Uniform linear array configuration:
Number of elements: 8
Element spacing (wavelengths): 0.75
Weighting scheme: exponential
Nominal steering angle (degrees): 15
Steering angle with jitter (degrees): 13.008
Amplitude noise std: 0.05
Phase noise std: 0.05

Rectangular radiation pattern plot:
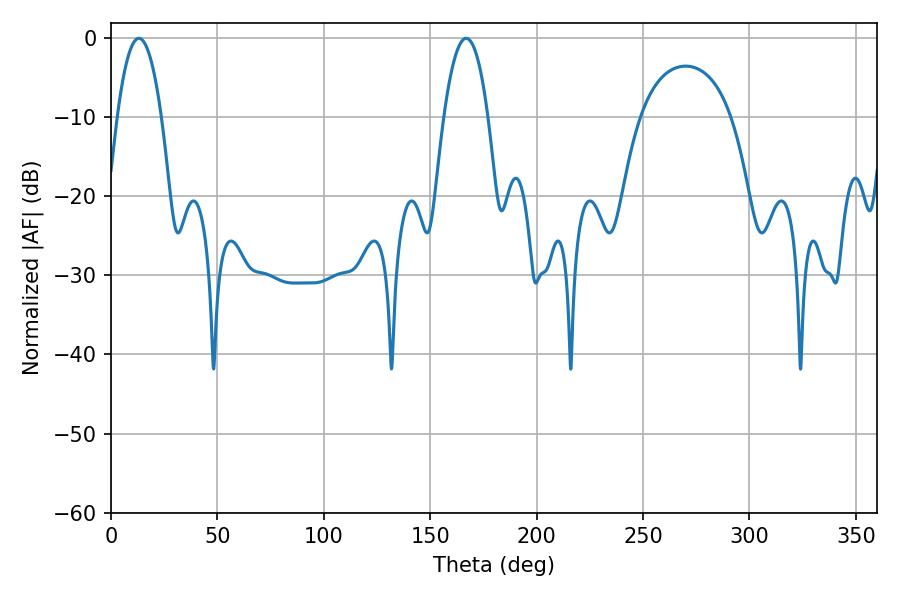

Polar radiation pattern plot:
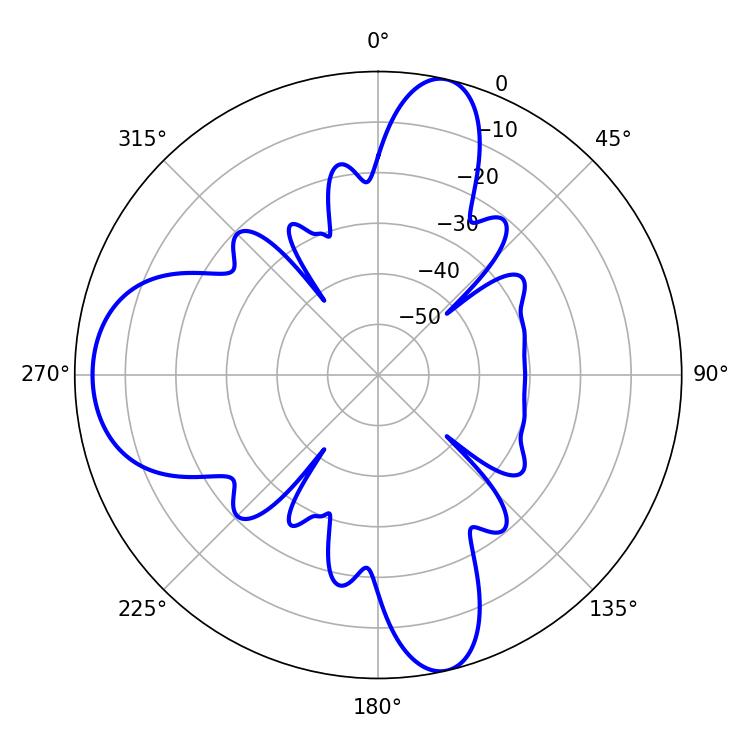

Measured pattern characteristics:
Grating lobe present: TRUE
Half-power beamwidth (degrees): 11.52
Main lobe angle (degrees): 13.14